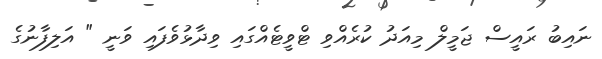
ނައިބު ރައީސް ޖަމީލް މިއަދު ކުރެއްވި ޓްވީޓެއްގައި ވިދާޅުވެފައި ވަނީ " އަލިފާނުގެ